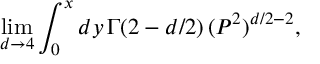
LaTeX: \operatorname * { l i m } _ { d \rightarrow 4 } \int _ { 0 } ^ { x } d y \, \Gamma ( 2 - d / 2 ) \, ( P ^ { 2 } ) ^ { d / 2 - 2 } ,